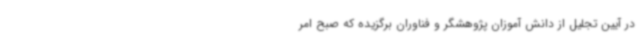
در آیین تجلیل از دانش آموزان پژوهشگر و فناوران برگزیده که صبح امر